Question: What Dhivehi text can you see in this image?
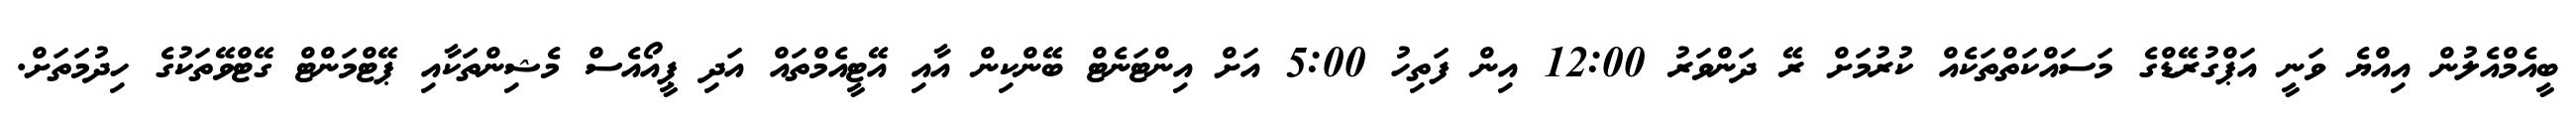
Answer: ބީއެމްއެލުން އިއްޔެ ވަނީ އަޕްގުރޭޑްގެ މަސައްކަތްތަކެއް ކުރުމަށް ރޭ ދަންވަރު 12:00 އިން ފަތިހު 5:00 އަށް އިންޓަނެޓް ބޭންކިން އާއި އޭޓީއެމްތައް އަދި ޕީއޯއެސް މެޝިންތަކާއި ޕޭޓްމަންޓް ގޭޓްވޭތަކުގެ ހިދުމަތަށް.